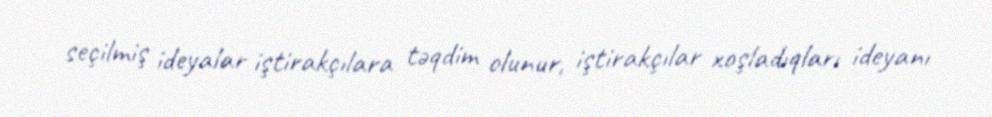
seçilmiş ideyalar iştirakçılara təqdim olunur, iştirakçılar xoşladıqları ideyanı